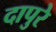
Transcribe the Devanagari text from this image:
दापुरे